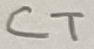
Text: CT